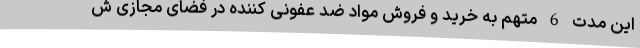
این مدت 6 متهم به خرید و فروش مواد ضد عفونی کننده در فضای مجازی ش